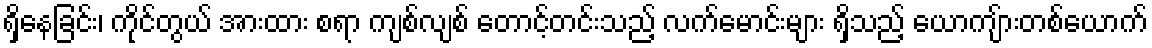
ရှိနေခြင်း၊ ကိုင်တွယ် အားထား စရာ ကျစ်လျစ် တောင့်တင်းသည့် လက်မောင်းများ ရှိသည့် ယောကျ်ားတစ်ယောက်